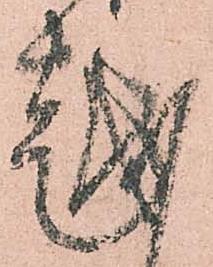
越